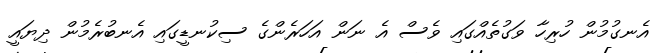
އެނގުމުން ހުރިހާ ވަގުތެއްގައި ވެސް އެ ނަން އަހަރެންގެ ސިކުނޑީގައި އެނބުރެމުން ދިޔައީ